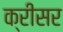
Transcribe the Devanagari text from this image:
क्रीसर